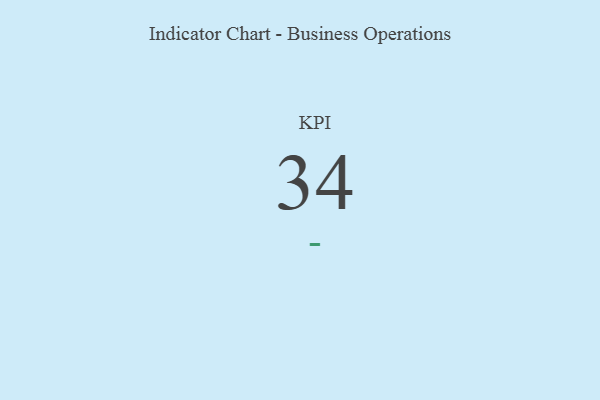
{"axis": {"x": "KPI", "y": "Value"}, "legend": [""], "data": [{"x": "KPI", "y": 34, "type": ""}]}